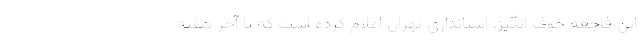
این فاجعه خوف انگیز، استانداری تهران اعلام کرده است که تا آخر هفته